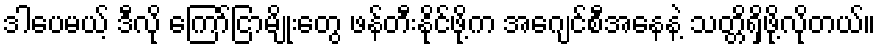
ဒါပေမယ့် ဒီလို ကြော်ငြာမျိုးတွေ ဖန်တီးနိုင်ဖို့က အေဂျင်စီအနေနဲ့ သတ္တိရှိဖို့လိုတယ်။